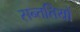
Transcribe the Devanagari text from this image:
सन्ततियों